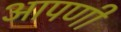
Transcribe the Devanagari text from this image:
आपणी